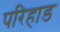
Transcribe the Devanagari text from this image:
परिहाड